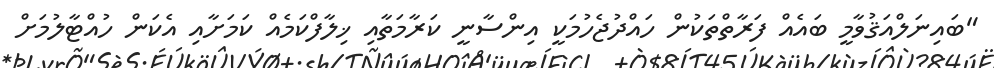
"ބައިނަލްއަޤުވާމީ ބައެއް ފަރާތްތަކުން ހައްދުޖެހުމަކީ އިންސާނީ ކަރާމަތާއި ޚިލާފްކަމެއް ކަމަށާއި އެކަން ހުއްޓާލުމަށް